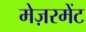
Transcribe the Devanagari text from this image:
मेज़रमेंट